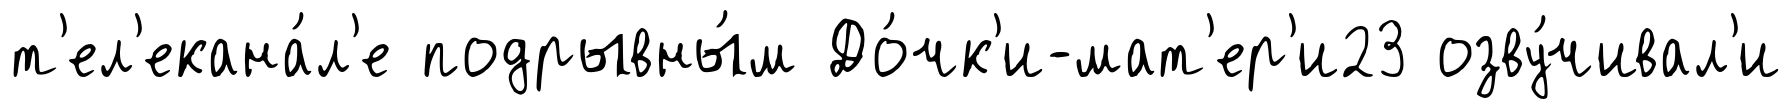
т'ел'екана́л'е подрывны́м До́чк'и-мат'ер'и23 озву́чивал'и